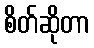
စိတ်ဆိုတာ